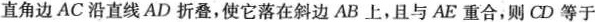
直角边 AC 沿直线A D 折叠，使它落在斜边AB上，且与AE重合，则CD 等于